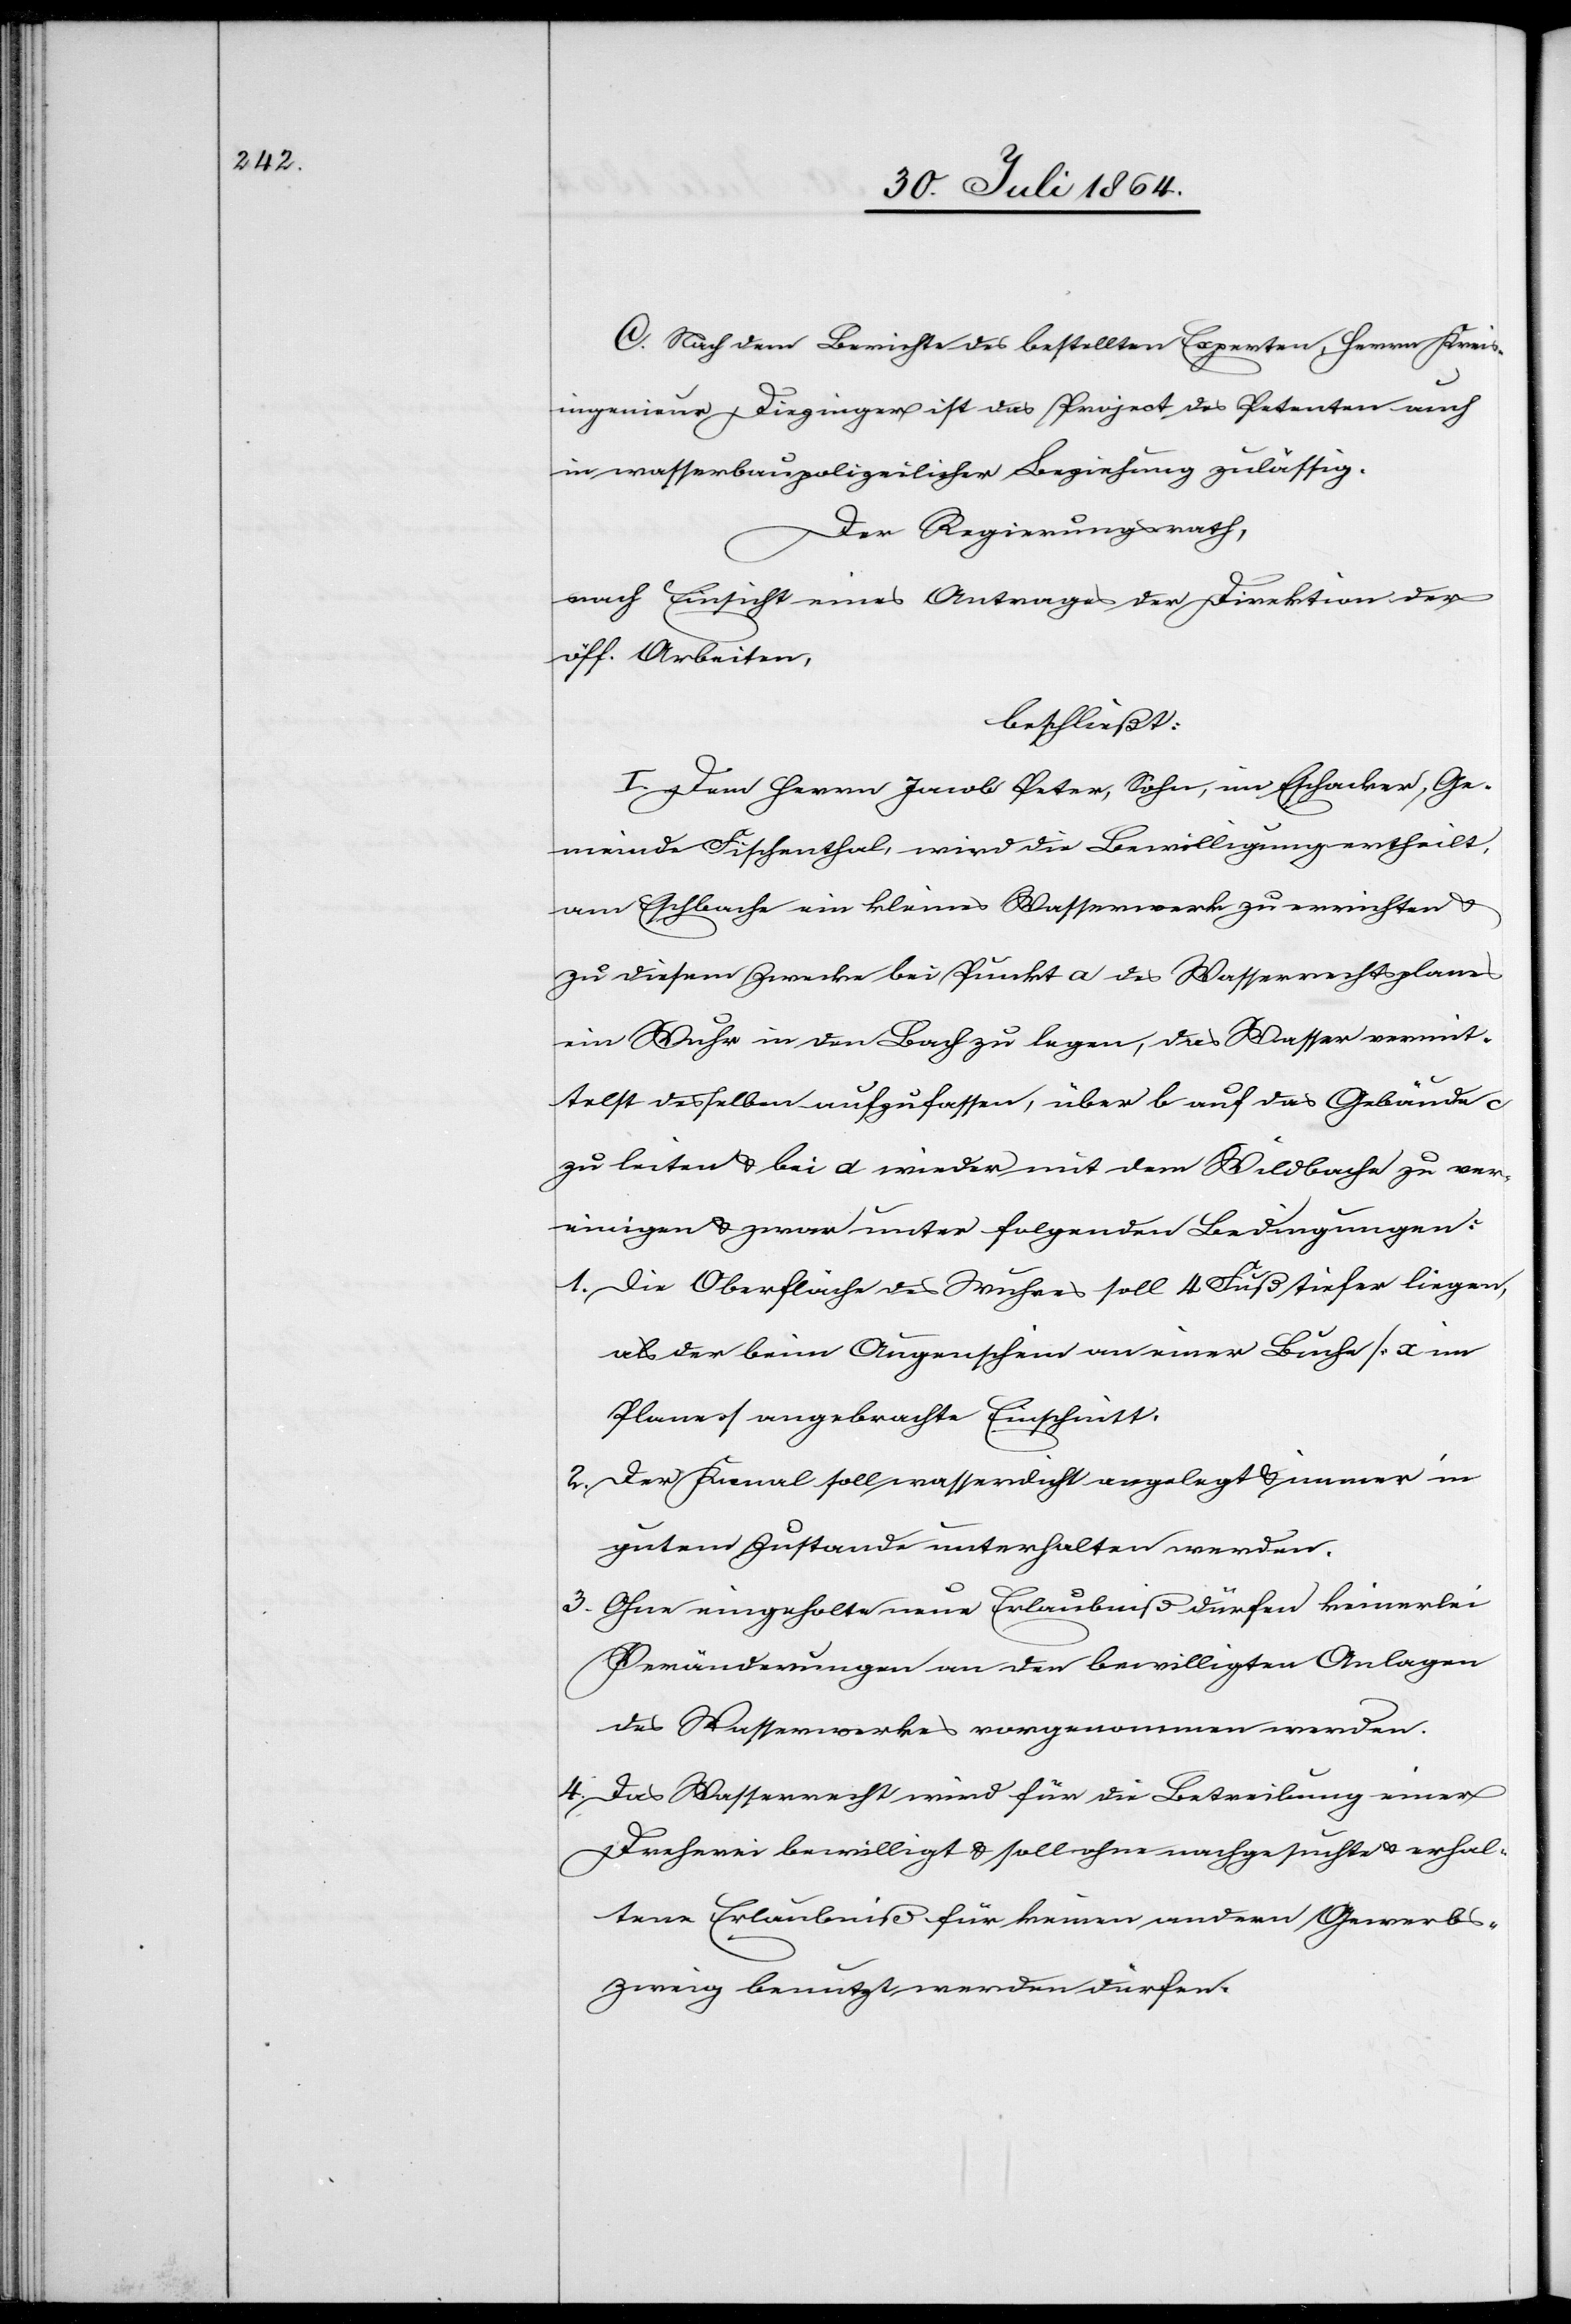
C. Nach dem Berichte des bestellten Experten, Herrn Kreis¬
ingenieur Diezinger ist das Project des Petenten auch
in wasserbaupolizeilicher Beziehung zulässig.
Der Regierungsrath,
nach Einsicht eines Antrages der Direktion der
öff. Arbeiten,
beschließt:
I. Dem Herrn Jacob Peter, Sohn, im Eschacker, Ge¬
meinde Fischenthal, wird die Bewilligung ertheilt,
am Eschbache ein kleines Wasserwerk zu errichten &
zu diesem Zwecke bei Punkt a des Wasserrechtsplanes
ein Wuhr in den Bach zu legen, das Wasser vermit¬
telst desselben aufzufassen, über b auf das Gebäude c
zu leiten & bei a wieder mit dem Wildbache zu ver¬
einigen & zwar unter folgenden Bedingungen:
1.	Die Oberfläche des Wuhres soll 4 Fuß tiefer liegen,
als der beim Augenschein an einer Buche [a im
Plane] angebrachte Einschnitt.
2. 	Der Kanal soll wasserdicht angelegt & immer in
gutem Zustande unterhalten werden.
3.	Ohne eingeholte neue Erlaubniß dürfen keinerlei
Veränderungen an den bewilligten Anlagen
des Wasserwerkes vorgenommen werden.
4. 	Das Wasserrecht wird für die Betreibung einer
Dreherei bewilligt & soll ohne nachgesuchte & erhal¬
tene Erlaubniß für keinen andren Gewerbs¬
zweig benutzt werden dürfen.